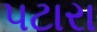
પટારા